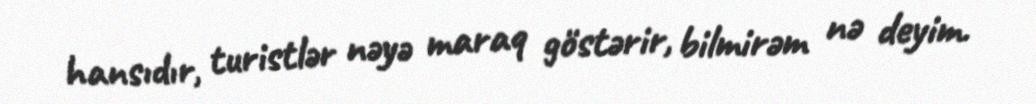
hansıdır, turistlər nəyə maraq göstərir, bilmirəm nə deyim.